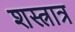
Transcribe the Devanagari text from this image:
शस्त्रात्र